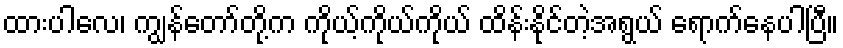
ထားပါလေ၊ ကျွန်တော်တို့က ကိုယ့်ကိုယ်ကိုယ် ထိန်းနိုင်တဲ့အရွယ် ရောက်နေပါပြီ။